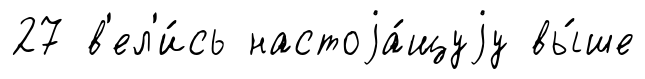
27 в'ел'и́сь настоjа́щуjу вы́ше